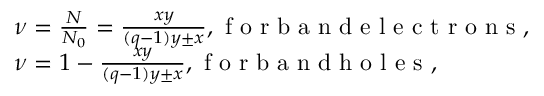
\begin{array} { l } { \nu = \frac { N } { N _ { 0 } } = \frac { x y } { ( q - 1 ) y \pm x } , \mathrm { ~ f ~ o ~ r ~ b ~ a ~ n ~ d ~ e ~ l ~ e ~ c ~ t ~ r ~ o ~ n ~ s ~ } , } \\ { \nu = 1 - \frac { x y } { ( q - 1 ) y \pm x } , \mathrm { ~ f ~ o ~ r ~ b ~ a ~ n ~ d ~ h ~ o ~ l ~ e ~ s ~ } , } \end{array}